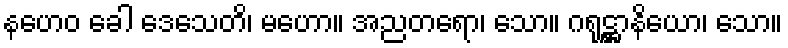
နဟေဝ ခေါ ဒေသေတိ၊ မဟော။ အညတရော၊ သော။ ဂရုဋ္ဌာနိယော၊ သော။